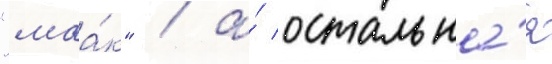
"маа́к" / а́ остальна́я